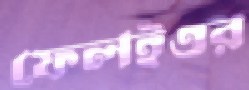
ফেলইওর